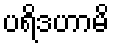
ပရိဒဟာမိ